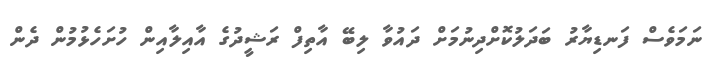
ނަމަވެސް ފަނޑިޔާރު ބަދަލުކޮށްދިނުމަށް ދައުވާ ލިބޭ އާތިފް ރަޝީދުގެ އާއިލާއިން ހުށަހެޅުމުން ދެން